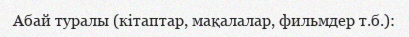
Абай туралы (кітаптар, мақалалар, фильмдер т.б.):